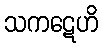
သကဋေဟိ